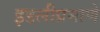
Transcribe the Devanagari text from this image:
इडलीप्रमाणे